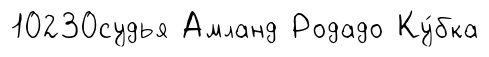
10230судья Амланд Родадо Ку́бка